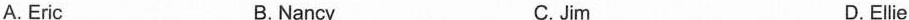
A.Eric B.Nancy C.Jim D.Elle